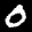
Label: 0